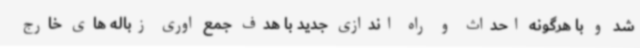
شد و با هرگونه احداث و راه اندازی جدید با هدف جمع اوری زباله های خارج